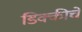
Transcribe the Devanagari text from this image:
डिक्कीचे